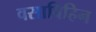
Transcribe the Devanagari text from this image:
वसाविहिन